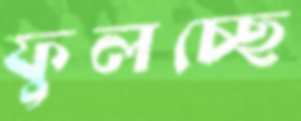
ফুলচ্ছে